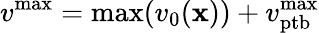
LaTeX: v^{\mathrm{max}}=\mathrm{max}(v_{0}({\mathbf x}))+v_{\mathrm{ptb}}^{\mathrm{max}}